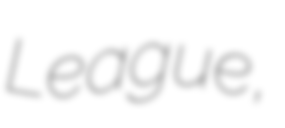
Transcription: League,